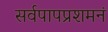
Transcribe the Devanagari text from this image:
सर्वपापप्रशमनं